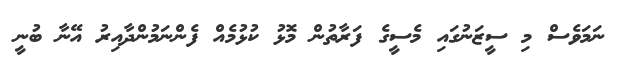
ނަމަވެސް މި ސީޒަނުގައި މެސީގެ ފަރާތުން މޮޅު ކުޅުމެއް ފެންނަމުންދާއިރު އޭނާ ބުނީ